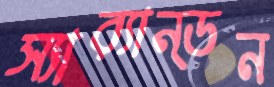
স্যার্যান্ডন